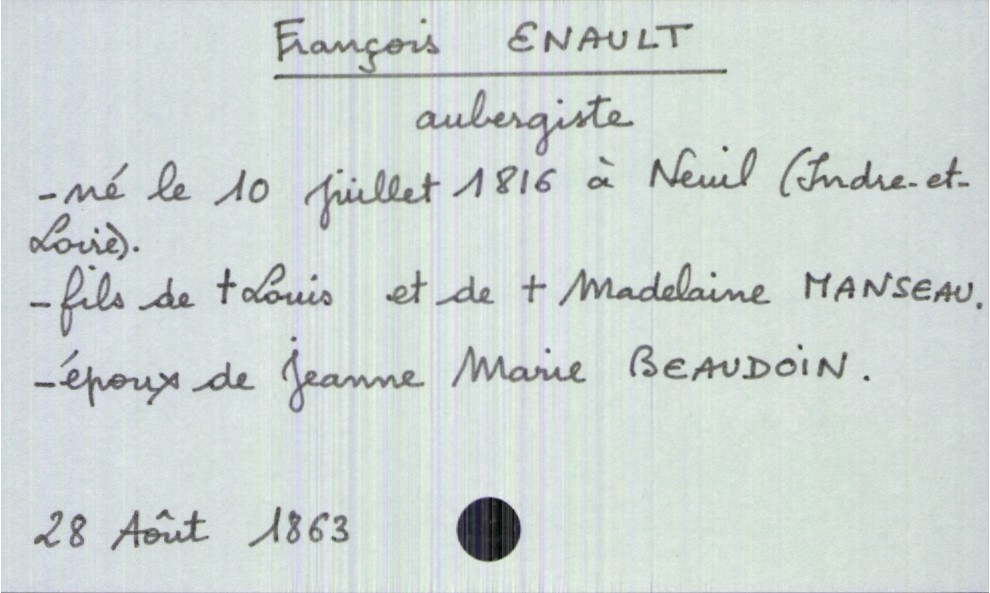
type_acte: Décès
année: 1863
mois: août
jour: 28
défunt_nom: Enault
défunt_prénom: François
défunt_sexe: H
défunt_profession: aubergiste
défunt_date_de_naissance: 10 juillet 1816
défunt_lieu_de_naissance: Neuil (Indre-et-Loire)
défunt_statut: marié(e)
père_défunt_nom: Enault
père_défunt_prénom: Louis
père_défunt_statut: décédé
mère_défunt_nom: Manseau
mère_défunt_prénom: Madelaine
mère_défunt_statut: décédée